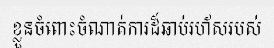
ខ្លួនចំពោះចំណាត់ការដ៏ឆាប់រហ័សរបស់